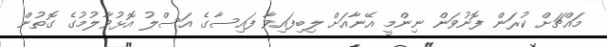
މައްޗަށް ކުރަން ފޮނުވަން ނިންމީ އޭނާއަށް ލިބިފައިވާ ފައިސާގެ އަސްލު އޮޅުވާލުމުގެ ގޮތުން